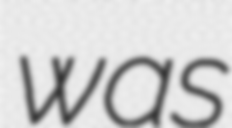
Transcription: was